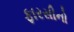
ફારસીનો